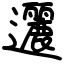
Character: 邐